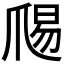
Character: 𭶱